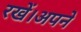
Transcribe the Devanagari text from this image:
रखें।अपने